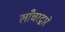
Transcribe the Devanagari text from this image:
लाँचरद्वारे